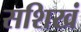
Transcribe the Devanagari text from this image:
सशिखं